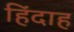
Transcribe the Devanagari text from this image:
हिंदाह